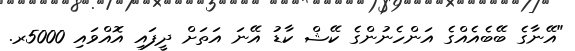
"އޭނާގެ ބޭބެއެއްގެ އަންހެނުންގެ ކޭޝް ކާޑު އޭނަ އަތަށް ދީފައި އޮއްވައި 5000ރ.